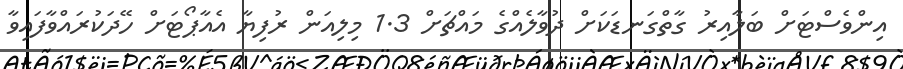
އިންވެސްޓަށް ބަލާއިރު ގާތްގަނޑަކަށް ދުވާލެއްގެ މައްޗަށް 1.3 މިލިއަން ރުފިޔާ އެއާޕޯޓަށް ހޭދަކުރައްވާފައިވާ